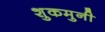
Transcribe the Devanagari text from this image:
शुकमुनी